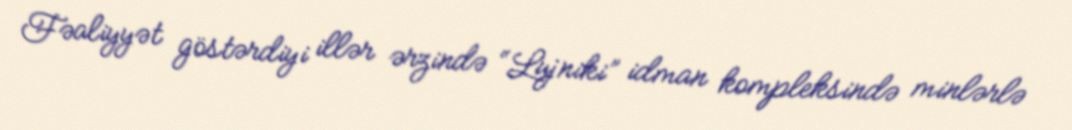
Fəaliyyət göstərdiyi illər ərzində “Lujniki” idman kompleksində minlərlə